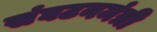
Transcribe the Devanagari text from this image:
संघटनमंत्री